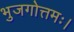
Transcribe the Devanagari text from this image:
भुजगोत्तमः।